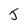
Character: J